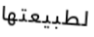
لطبيعتها